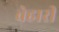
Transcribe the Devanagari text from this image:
वेहारी